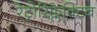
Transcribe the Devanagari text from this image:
रेट्रोरिफ्लेक्टिव